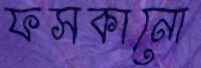
ফসকানো